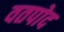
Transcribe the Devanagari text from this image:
वतपोद